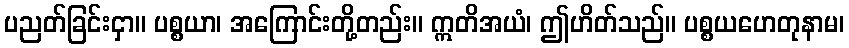
ပညတ်ခြင်းငှာ။ ပစ္စယာ၊ အကြောင်းတို့တည်း။ ဣတိအယံ၊ ဤဟိတ်သည်။ ပစ္စယဟေတုနာမ၊